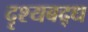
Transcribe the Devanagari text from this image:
दृश्यबद्ध